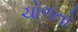
ચોળતો